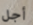
أجل